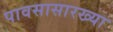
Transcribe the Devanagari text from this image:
पावसासारख्या